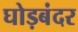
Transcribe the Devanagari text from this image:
घोड़बंदर